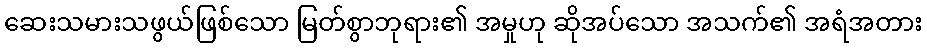
ဆေးသမားသဖွယ်ဖြစ်သော မြတ်စွာဘုရား၏ အမှုဟု ဆိုအပ်သော အသက်၏ အရံအတား